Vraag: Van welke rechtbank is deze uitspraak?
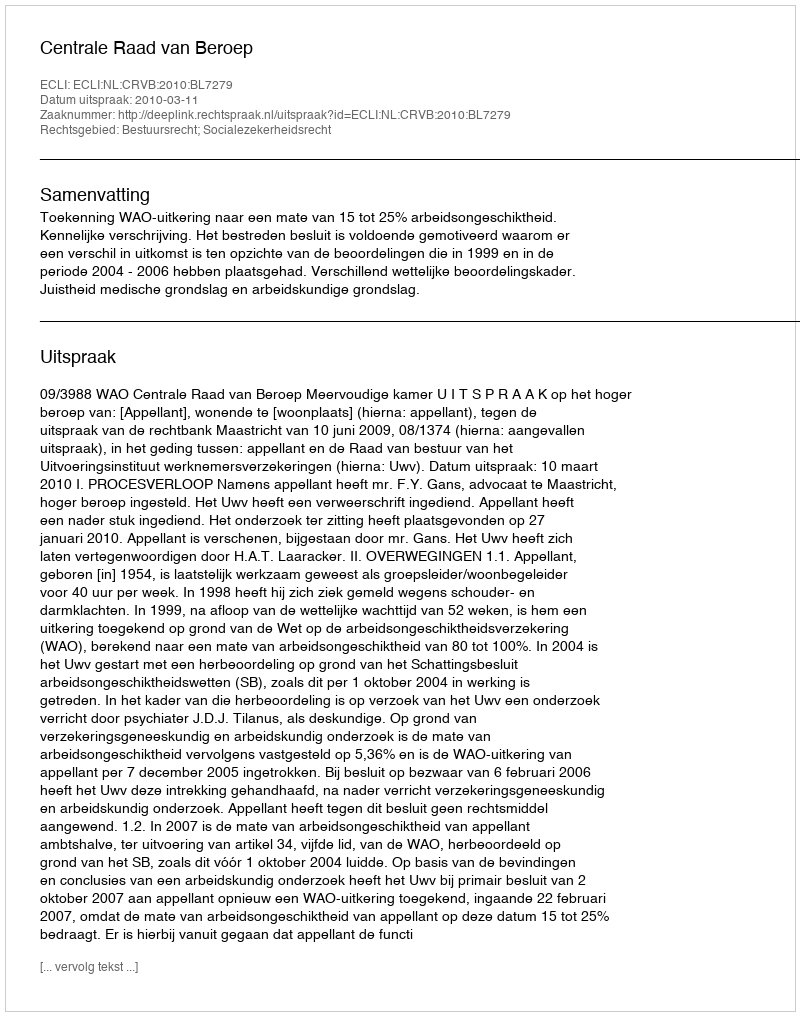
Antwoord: Centrale Raad van Beroep